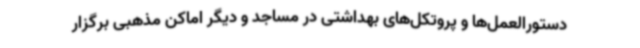
دستورالعمل‌ها و پروتکل‌های بهداشتی در مساجد و دیگر اماکن مذهبی برگزار